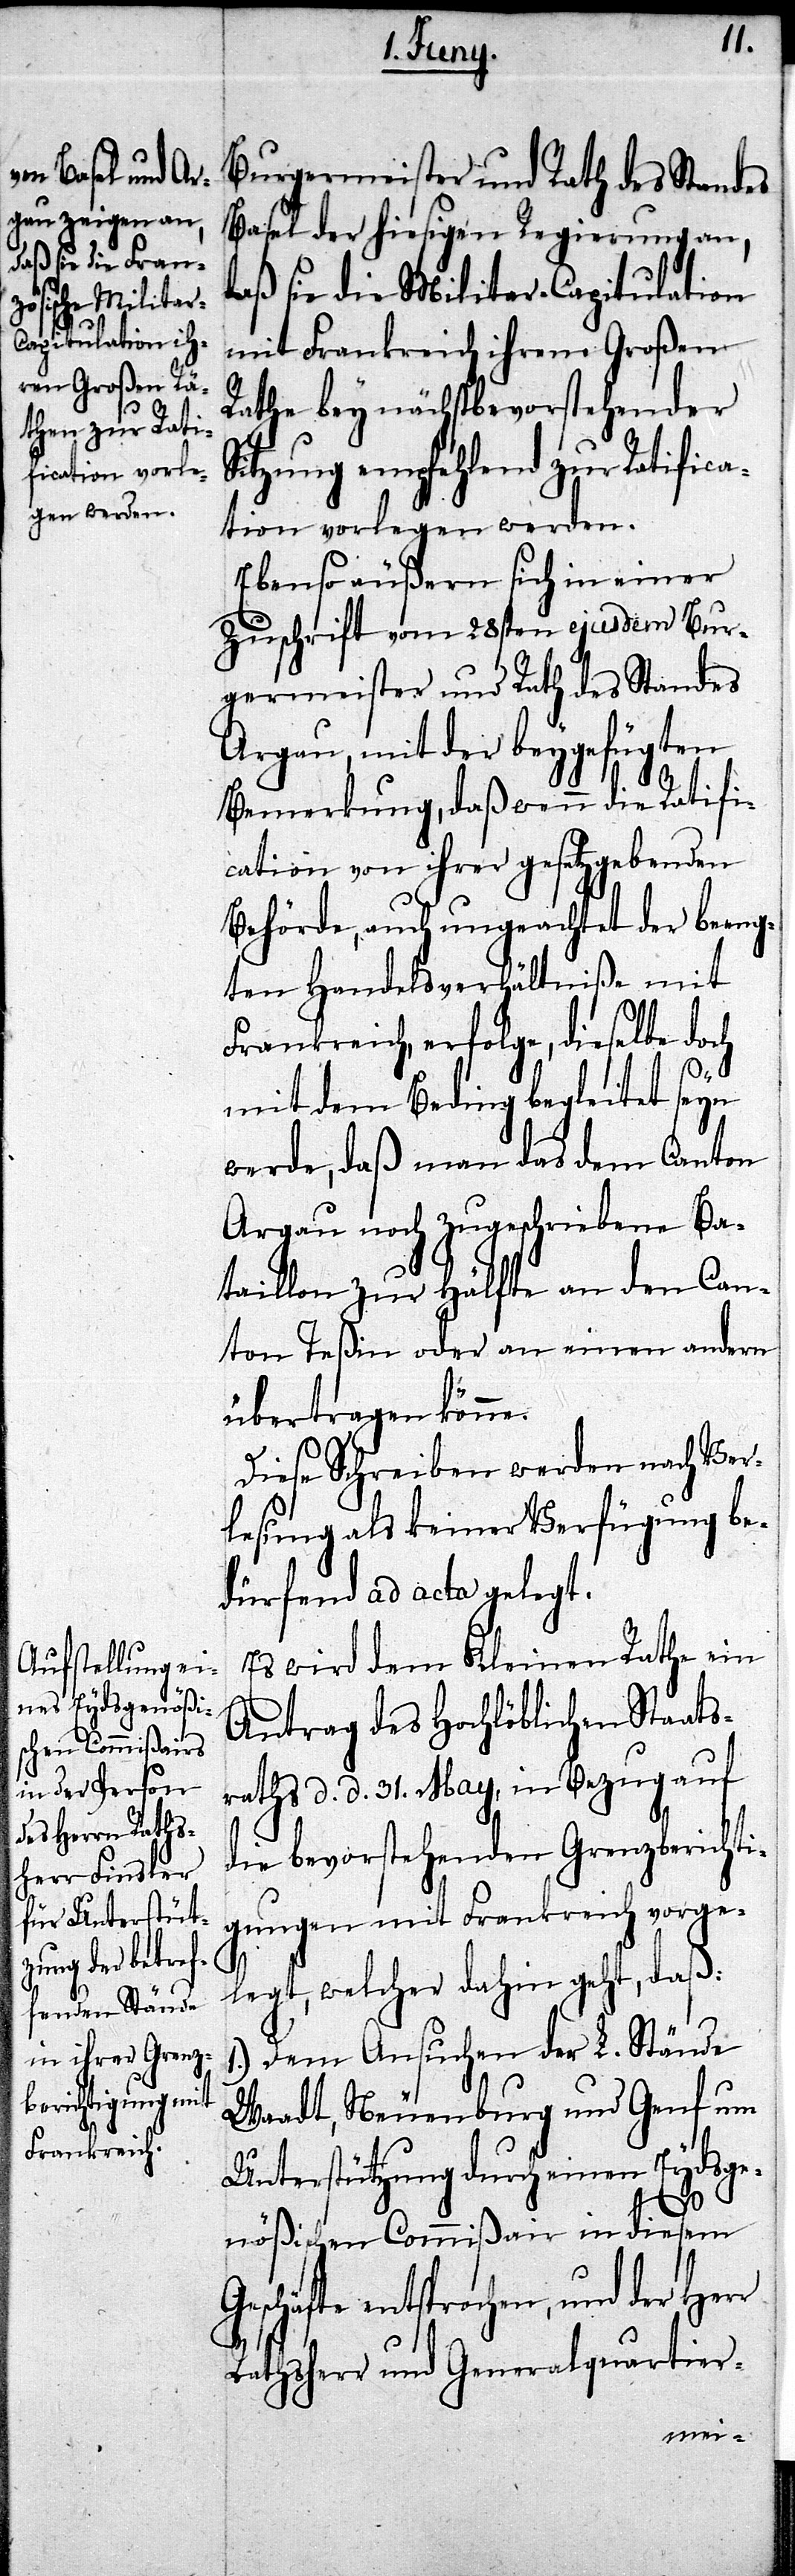
Burgermeister und Rath des Standes
Basel der hiesigen Regierung an,
daß sie die Militar-Capitulation
mit Frankreich ihrem Großen
Rathe bey nächstbevorstehender
itzung empfehlend zur Ratific¬
ation vorlegen werden.
Ebenso äußern sich in einer
Zuschrift vom 28sten ejusdem Bur¬
germeister und Rath des Standes
Argau, mit der beygefügten
Bemerkung, daß wenn die Ratifi¬
cation von ihrer gesetzgebenden
Behörde, auch ungeachtet der beeng¬
ten Handelsverhältniße mit
Frankreich, erfolge, dieselbe doch
mit dem Beding begleitet seyn
werde, daß man das dem Canton
Argau noch zugeschriebene Ba¬
taillon zur Hälfte an den Can¬
ton Teßin oder an einen andern
übertragen könne.
Diese Schreiben werden nach Ver¬
lesung als keiner Verfügung be¬
dürfend ad acta gelegt.
Es wird dem Kleinen Rathe ein
Antrag des Hochlöblichen Staats¬
raths d. d. 31. May, in Bezug auf
die bevorstehenden Grenzberichti¬
gungen mit Frankreich vorge¬
S¬
legt, welcher dahin geht, daß:
1.) Dem Ansuchen der L. Stände
Waadt, Neuenburg und Genf um
Unterstützung durch einen Eydsge¬
nößischen Commißair in diesem
Geschäfte entsprochen, und der
Rathsherr und Generalquartier-